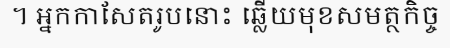
។ អ្នកកាសែតរូបនោះ ឆ្លើយមុខសមត្ថកិច្ច